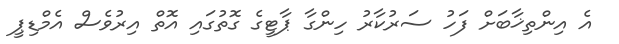
އެ އިންތިޚާބަށް ފަހު ސަރުކާރު ހިންގާ ޕާޓީގެ ގޮތުގައި އޮތް އިރުވެސް އެމްޑިޕީ